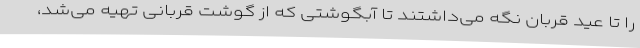
را تا عید قربان نگه می‌داشتند تا آبگوشتی که از گوشت قربانی تهیه می‌شد،